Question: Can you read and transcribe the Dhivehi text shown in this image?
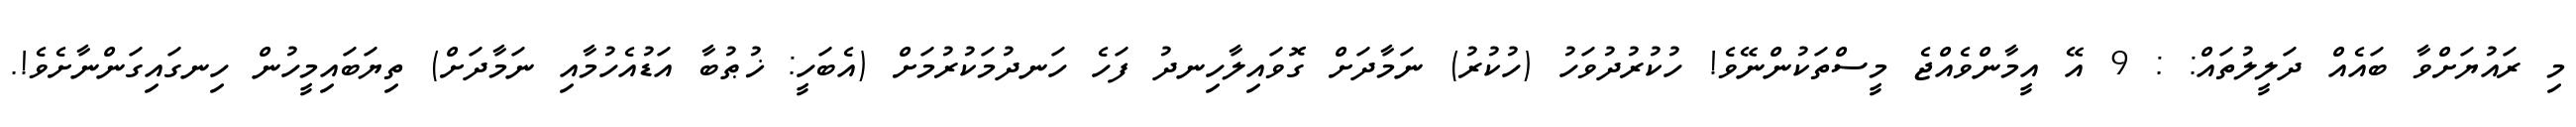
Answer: މި ރައުޔަށްވާ ބައެއް ދަލީލުތައް: : 9 އޭ އީމާންވެއްޖެ މީސްތަކުންނޭވެ! ހުކުރުދުވަހު (ހުކުރު) ނަމާދަށް ގޮވައިލާހިނދު ފަހެ ހަނދުމަކުރުމަށް (އެބަހީ: ޚުޠުބާ އަޑުއެހުމާއި ނަމާދަށް) ތިޔަބައިމީހުން ހިނގައިގަންނާށެވެ!.